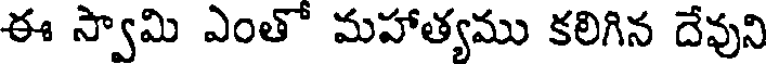
ఈ స్వామి ఎంతో మహాత్యము కలిగిన దేవుని